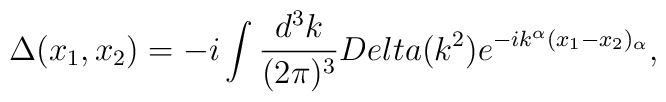
\Delta(x_{1},x_{2}) = -i\int\frac{d^{3}k}{(2\pi)^{3}}\\Delta(k^2)e^{-ik^{\alpha}(x_{1}-x_{2})_{\alpha}},